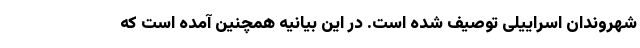
شهروندان اسراییلی توصیف شده است. در این بیانیه همچنین آمده است که